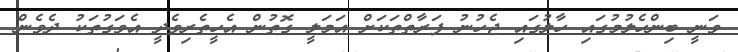
ވަނީ ބިންހެލުމުގައި ހާލުގައި ޖެހުނު ފަރާތްތަކަށް އަމަލީ ގޮތުން އެހީތެރިވެދީ އެވަގުތަކު ދެވެން